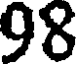
98